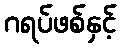
ဂရပ်ဖစ်နှင့်